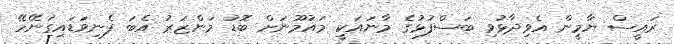
ރައީސް ޔާމީން އެވިދާޅުވި ބަސްފުޅުގެ މާނައަކީ މައުމޫނަށް ބޮޑު މަންޒަރު އެބަ ފެނިވަޑައިގަނޭހޭ